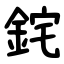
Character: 䤩